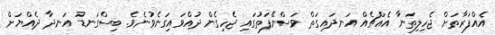
އެއްފަރާތަށް ޖެހިލިތަނާ އެއްޗެއް އަނދައިގަތް ވަސްނޭފަތުގައި ޖެހިގެން ދުއްވައިގަނެވުނެވެ. ބިސްގަނޑު އަނދާ ދެއްޔަށް